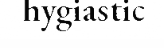
hygiastic